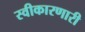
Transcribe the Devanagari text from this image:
स्वीकारणारी